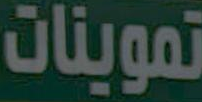
تموينات